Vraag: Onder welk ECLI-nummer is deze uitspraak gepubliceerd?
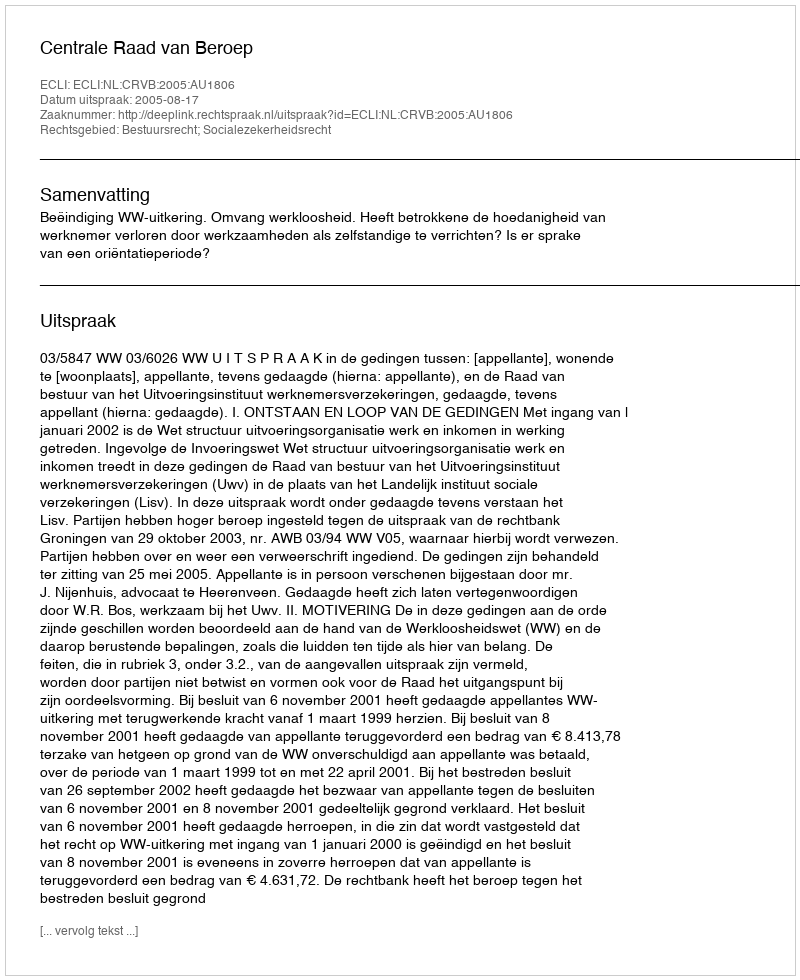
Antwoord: ECLI:NL:CRVB:2005:AU1806